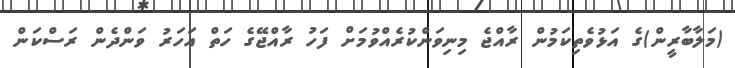
(މަލާބާރީން)ގެ އަޅުވެތިކަމުން ރާއްޖެ މިނިވަންކުރެއްވުމަށް ފަހު ރާއްޖޭގެ ހަތް އަހަރު ވަންދެން ރަސްކަން